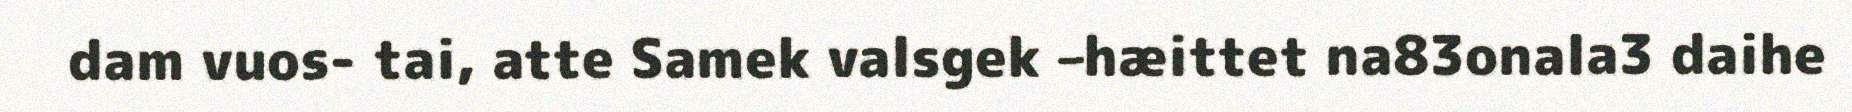
dam vuos- tai, atte Samek valsgek –hæittet na83onala3 daihe